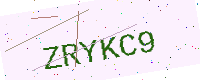
Text: ZRYKC9